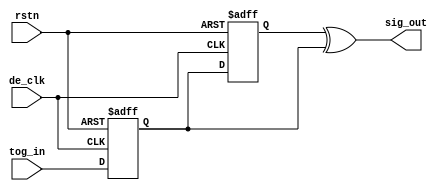
module pp_sync
    (
     input	de_clk,		// syncronizing clock.
     input      rstn,		// reset.
     input      tog_in,		// signal to be syncronized.

     output 	sig_out	        // syncronized pulse, one clock wide.
     );
  
  /**********************************************************************/
  /* SYNCRONIZERS							*/
  reg 		c0_rdya;
  reg 		c0_rdyc;

  always @(posedge de_clk or negedge rstn) begin
    if(!rstn) c0_rdya <= 1'b0;
    else      c0_rdya <= tog_in;
  end

  always @(posedge de_clk or negedge rstn) begin
    if(!rstn) c0_rdyc <= 1'b0;
    else      c0_rdyc <= c0_rdya;
  end

  assign sig_out = c0_rdyc ^ c0_rdya;

endmodule